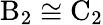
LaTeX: \mathrm{B}_{2}\cong\mathrm{C}_{2}